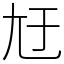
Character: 㝼